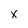
Character: x